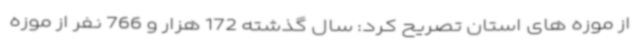
از موزه های استان تصریح کرد: سال گذشته 172 هزار و 766 نفر از موزه